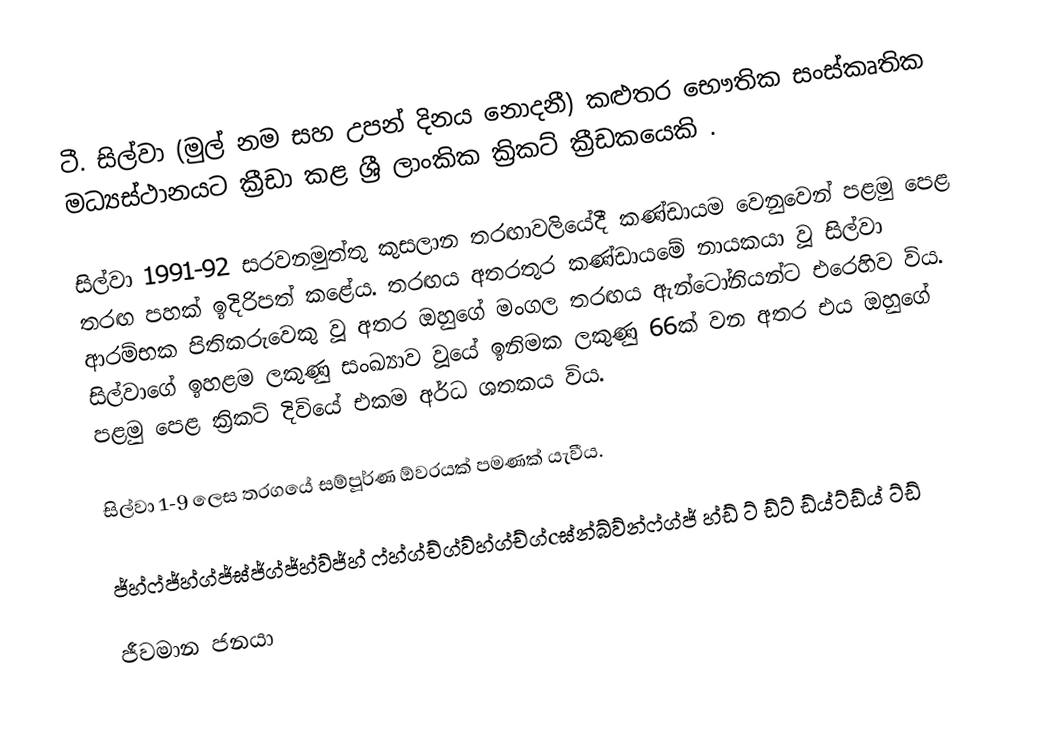
ටී. සිල්වා (මුල් නම සහ උපන් දිනය නොදනී) කළුතර භෞතික සංස්කෘතික මධ්‍යස්ථානයට ක්‍රීඩා කළ ශ්‍රී ලාංකික ක්‍රිකට් ක්‍රීඩකයෙකි .

සිල්වා 1991-92 සරවනමුත්තු කුසලාන තරඟාවලියේදී කණ්ඩායම වෙනුවෙන් පළමු පෙළ තරඟ පහක් ඉදිරිපත් කළේය. තරඟය අතරතුර කණ්ඩායමේ නායකයා වූ සිල්වා ආරම්භක පිතිකරුවෙකු වූ අතර ඔහුගේ මංගල තරඟය ඇන්ටෝනියන්ට එරෙහිව විය. සිල්වාගේ ඉහළම ලකුණු සංඛ්‍යාව වූයේ ඉනිමක ලකුණු 66ක් වන අතර එය ඔහුගේ පළමු පෙළ ක්‍රිකට් දිවියේ එකම අර්ධ ශතකය විය.

සිල්වා 1-9 ලෙස තරගයේ සම්පූර්ණ ඕවරයක් පමණක් යැවීය.

ජ්හ්ෆ්ජ්හ්ග්ජ්ඝ්ජ්ග්ජ්හ්ව්ජ්හ් ෆ්හ්ග්ච්ග්ව්හ්ග්ච්ග්cඝ්න්බ්ව්න්ෆ්ග්ජ් හ්ඩ් ට් ඩ්ට් ඩ්ය්ට්ඩ්ය් ට්ඩ්

ජීවමාන ජනයා